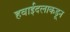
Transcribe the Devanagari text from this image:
हवाईदलाकडून